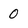
Character: 0